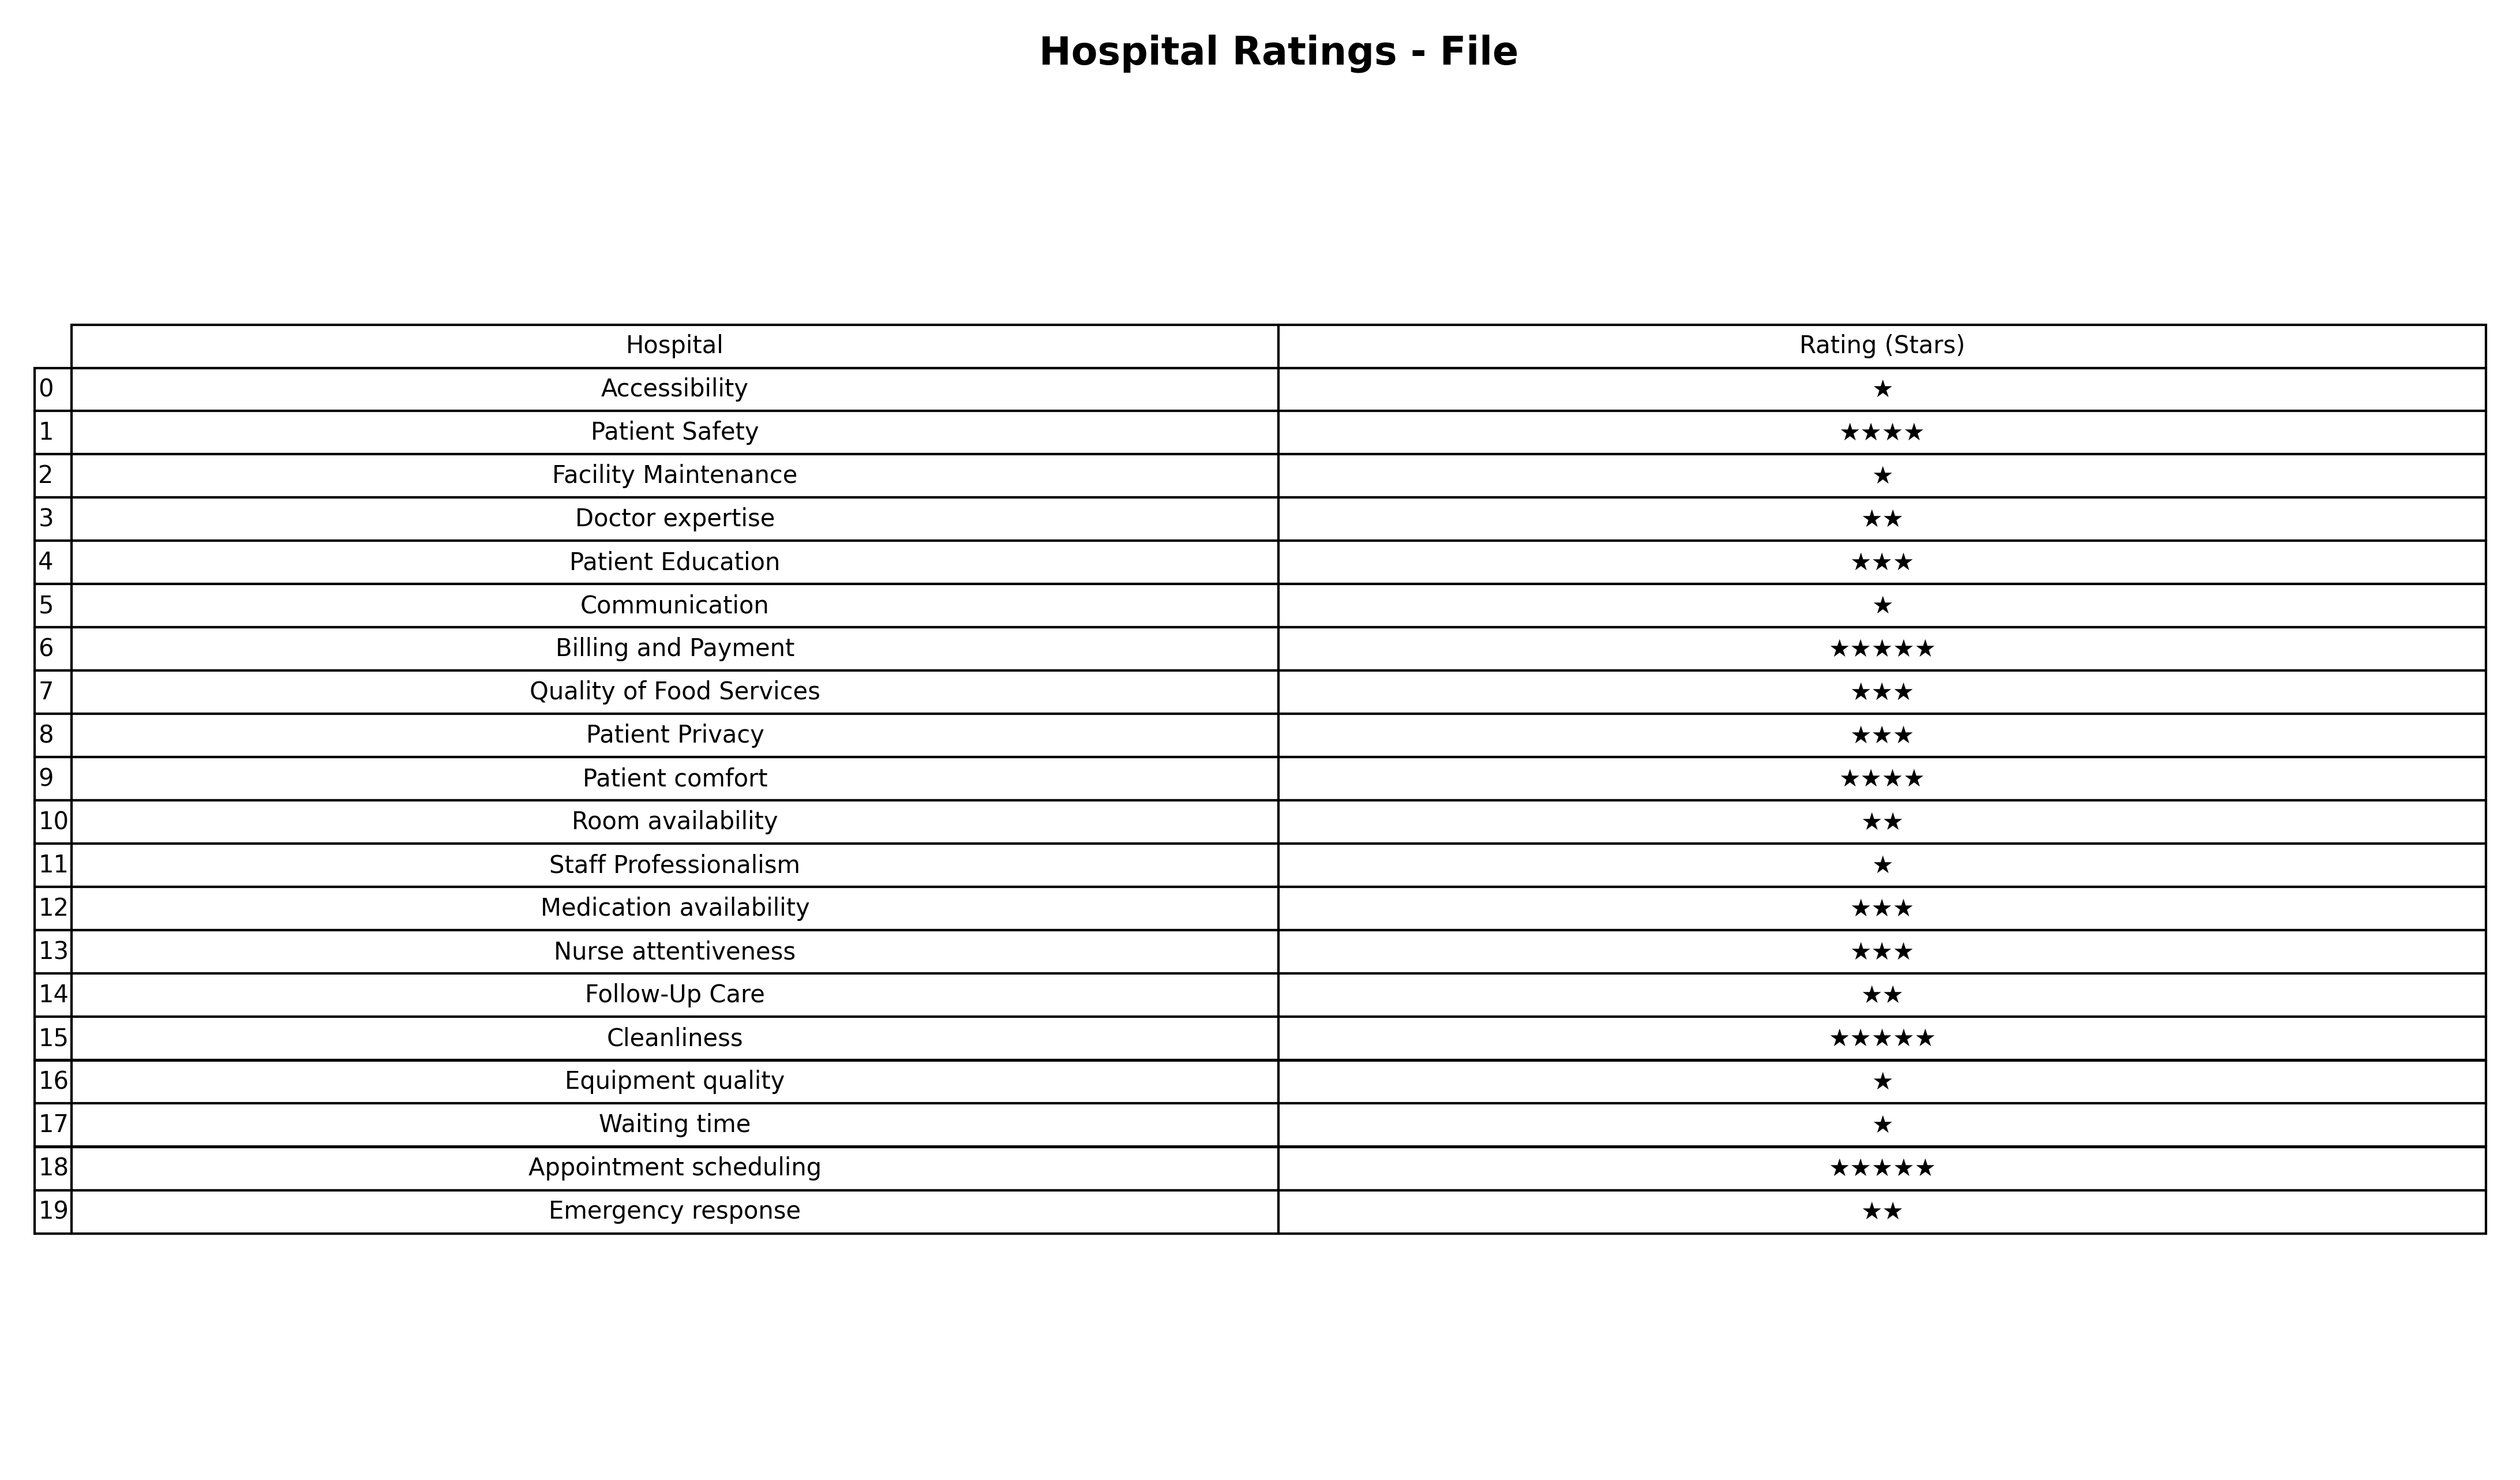
question: What is the rating of Patient Safety?
answer: ★★★★